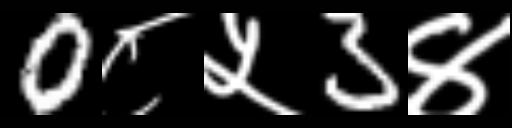
Text: 0८५3४